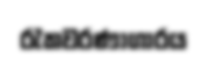
රැකවරණාගාරය